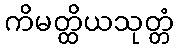
ကိမတ္ထိယသုတ္တံ